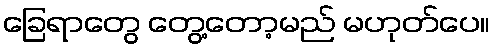
ခြေရာတွေ တွေ့တော့မည် မဟုတ်ပေ။